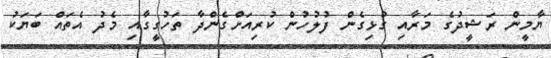
ޔާމީން ރަޝީދުގެ މަރާއި ގުޅިގެން ފުލުހުން ކުރިއަށްގެންދާ ތަހުގީގާއި މެދު އެތައް ބަޔަކު